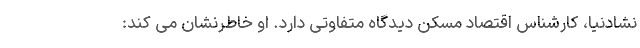
نشادنیا، کارشناس اقتصاد مسکن دیدگاه متفاوتی دارد. او خاطرنشان می کند: